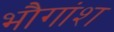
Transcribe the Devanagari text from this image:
भौगांश